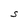
Character: S